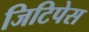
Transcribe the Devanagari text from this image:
जिटिपेस